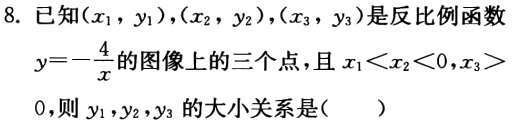
8. 已知\((x_{1},y_{1}),(x_{2},y_{2}),(x_{3},y_{3})\)是反比例函数\(y = -\frac{4}{x}\)的图像上的三个点，且\(x_{1}<x_{2}<0,x_{3}>0\)，则\(y_{1},y_{2},y_{3}\)的大小关系是( )